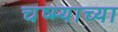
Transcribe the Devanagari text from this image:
चष्म्याच्या